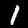
Digit: 1